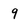
Character: 9